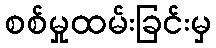
စစ်မှုထမ်းခြင်းမှ